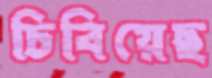
চিবিয়েছ